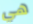
هي